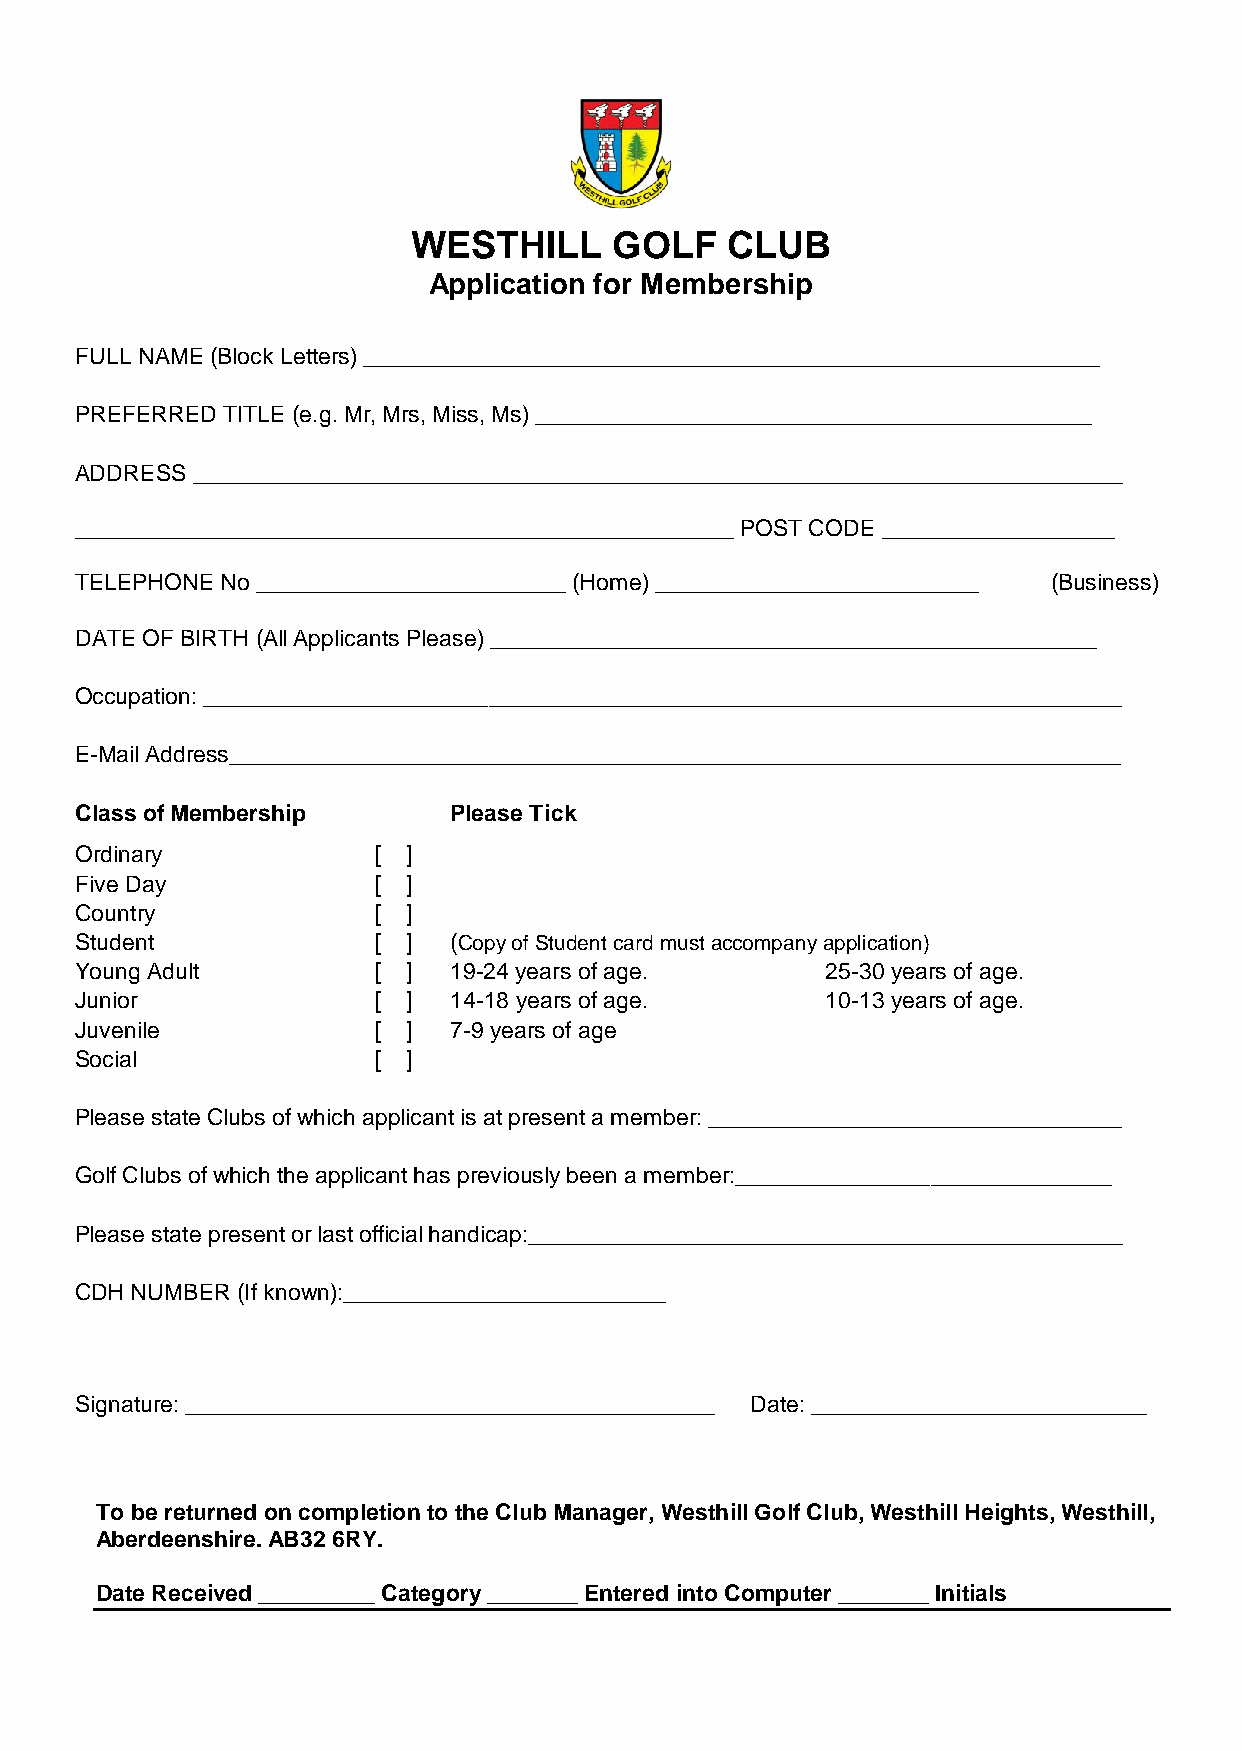
WESTHILL      GOLF   CLUB
 Application for Membership
 FULL NAME (Block Letters) _________________________________________________________
 PREFERRED TITLE (e.g. Mr, Mrs, Miss, Ms) ___________________________________________
 ADDRESS ________________________________________________________________________
 ___________________________________________________ POST CODE __________________
 TELEPHONE No ________________________ (Home) _________________________ (Business)
 DATE OF BIRTH (All Applicants Please) _______________________________________________
 Occupation: _______________________________________________________________________
 E-Mail Address_____________________________________________________________________
 Class of Membership      Please Tick
 Ordinary            [ ]
 Five Day            [ ]
 Country             [ ]
 Student             [ ]  (Copy of Student card must accompany application)
 Young Adult         [ ]  19-24 years of age.      25-30 years of age.
 Junior              [ ]  14-18 years of age.      10-13 years of age.
 Juvenile            [ ]  7-9 years of age
 Social              [ ]
 Please state Clubs of which applicant is at present a member: ________________________________
 Golf Clubs of which the applicant has previously been a member:_____________________________
 Please state present or last official handicap:______________________________________________
 CDH NUMBER (If known):_________________________
 Signature: _________________________________________ Date: __________________________
 To be returned on completion to the Club Manager, Westhill Golf Club, Westhill Heights, Westhill,
 Aberdeenshire. AB32 6RY.
 Date Received _________ Category _______ Entered into Computer _______ Initials